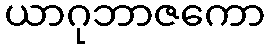
ယာဂုဘာဇကော